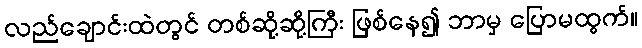
လည်ချောင်းထဲတွင် တစ်ဆို့ဆို့ကြီး ဖြစ်နေ၍ ဘာမှ ပြောမထွက်။